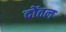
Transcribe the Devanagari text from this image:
दोंतल